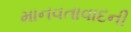
માનવતાવાદની